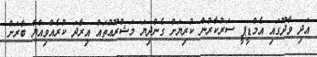
އަދި ވާދޫގައި އެމްޑީޕީ ސަރުކާރުން ކުރިޔަށް ގެންދިޔަ މަޝްރޫޢުތައް އިރާދަ ކުރެއްވިއްޔާ ބާރަށް